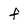
Character: f